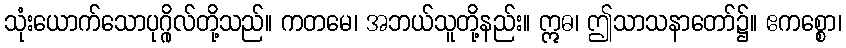
သုံးယောက်သောပုဂ္ဂိုလ်တို့သည်။ ကတမေ၊ အဘယ်သူတို့နည်း။ ဣဓ၊ ဤသာသနာတော်၌။ ဧကစ္စော၊